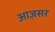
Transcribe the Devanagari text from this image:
आज़सर